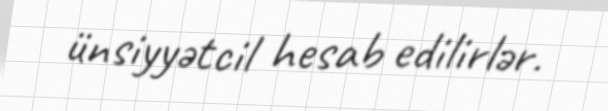
ünsiyyətcil hesab edilirlər.